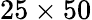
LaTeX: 25\times 50